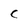
Character: C